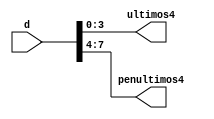
module splitbits(d, ultimos4, penultimos4);
 input [31:0] d;
 output[3:0] ultimos4, penultimos4;
 assign ultimos4[3:0] = d[3:0];
 assign penultimos4[3:0] = d[7:4];
 endmodule